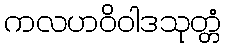
ကလဟဝိဝါဒသုတ္တံ